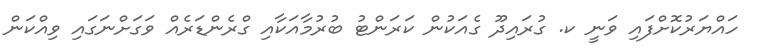
ހައްޔަރުކޮށްފައި ވަނީ ކ. ގުރައިދޫ ގެއަކުން ކަރަންޓު ބުރުމާއަކާއި ގްރެންޑަރެއް ވަގަށްނަގައި ވިއްކަން